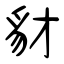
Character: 豺